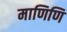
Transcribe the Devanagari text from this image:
माणिणि